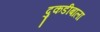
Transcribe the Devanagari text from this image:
दुकडीबाला